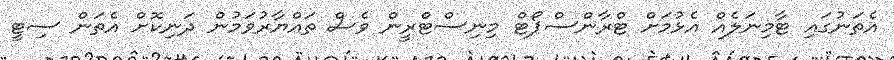
އެތަނުގައި ޓާމިނަލެއް އެޅުމަށް ޓްރާންސްޕޯޓް މިނިސްޓްރީން ވެސް ތައްޔާރުވަމުން ދަނިކޮށް އެތަން ސިޓީ